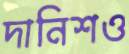
দানিশও